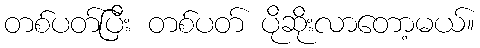
တစ်ပတ်ပြီး တစ်ပတ် ပိုဆိုးလာတော့မယ်။